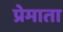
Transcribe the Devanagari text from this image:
प्रेमाता